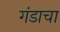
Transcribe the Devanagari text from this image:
गंडाचा